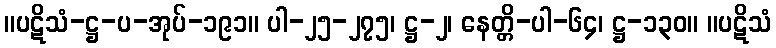
။ပဋိသံ-ဋ္ဌ-ပ-အုပ်-၁၉၁။ ပါ-၂၅-၂၇၅၊ ဋ္ဌ-၂၊ နေတ္တိ-ပါ-၆၄၊ ဋ္ဌ-၁၃၀။ ။ပဋိသံ